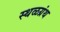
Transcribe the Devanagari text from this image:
स्थळग्रंथ